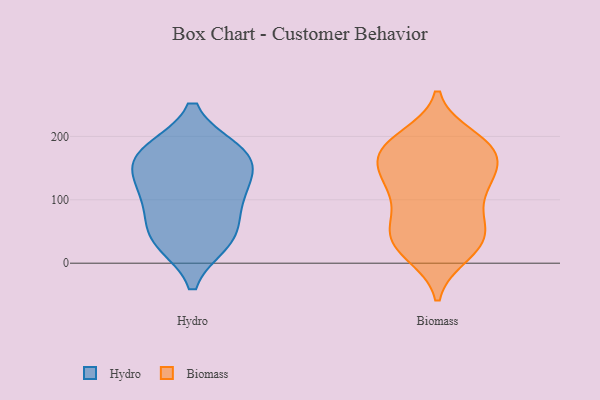
{"axis": {"x": "Population (Million)", "y": "Value"}, "legend": ["Biomass", "Hydro"], "data": [{"x": "", "y": 157, "type": "Hydro"}, {"x": "", "y": 173, "type": "Hydro"}, {"x": "", "y": 126, "type": "Hydro"}, {"x": "", "y": 103, "type": "Hydro"}, {"x": "", "y": 35, "type": "Hydro"}, {"x": "", "y": 100, "type": "Hydro"}, {"x": "", "y": 40, "type": "Hydro"}, {"x": "", "y": 46, "type": "Hydro"}, {"x": "", "y": 170, "type": "Hydro"}, {"x": "", "y": 176, "type": "Hydro"}, {"x": "", "y": 168, "type": "Biomass"}, {"x": "", "y": 182, "type": "Biomass"}, {"x": "", "y": 197, "type": "Biomass"}, {"x": "", "y": 123, "type": "Biomass"}, {"x": "", "y": 27, "type": "Biomass"}, {"x": "", "y": 180, "type": "Biomass"}, {"x": "", "y": 75, "type": "Biomass"}, {"x": "", "y": 186, "type": "Biomass"}, {"x": "", "y": 67, "type": "Biomass"}, {"x": "", "y": 173, "type": "Biomass"}, {"x": "", "y": 15, "type": "Biomass"}, {"x": "", "y": 24, "type": "Biomass"}, {"x": "", "y": 142, "type": "Biomass"}, {"x": "", "y": 178, "type": "Biomass"}, {"x": "", "y": 124, "type": "Biomass"}, {"x": "", "y": 44, "type": "Biomass"}, {"x": "", "y": 121, "type": "Biomass"}, {"x": "", "y": 35, "type": "Biomass"}, {"x": "", "y": 125, "type": "Biomass"}, {"x": "", "y": 57, "type": "Biomass"}]}